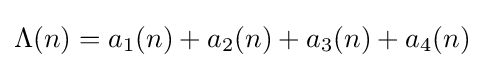
\Lambda (n)=a_{1}(n)+a_{2}(n)+a_{3}(n)+a_{4}(n)